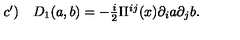
\begin{array} { l r } { c ^ { \prime } ) } & { D _ { 1 } ( a , b ) = - \frac { i } 2 \Pi ^ { i j } ( x ) \partial _ { i } a \partial _ { j } b . } \\ \end{array}